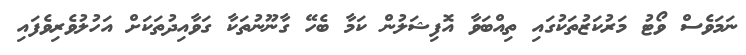
ނަމަވެސް ވޯޓު މަރުކަޒުތަކުގައި ތިއްބަވާ އޮފިޝަލުން ކަމާ ބެހޭ ގާނޫނުތަކާ ގަވާއިދުތަކަށް އަހުލުވެރިވެފައި